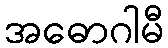
အဓောဂါမီ